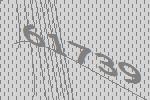
61739